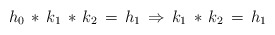
\begin{align*}h_0\,*\, k_1\, *\, k_2\, =\, h_1 \, \Rightarrow \, k_1\, *\, k_2\, =\, h_1\end{align*}